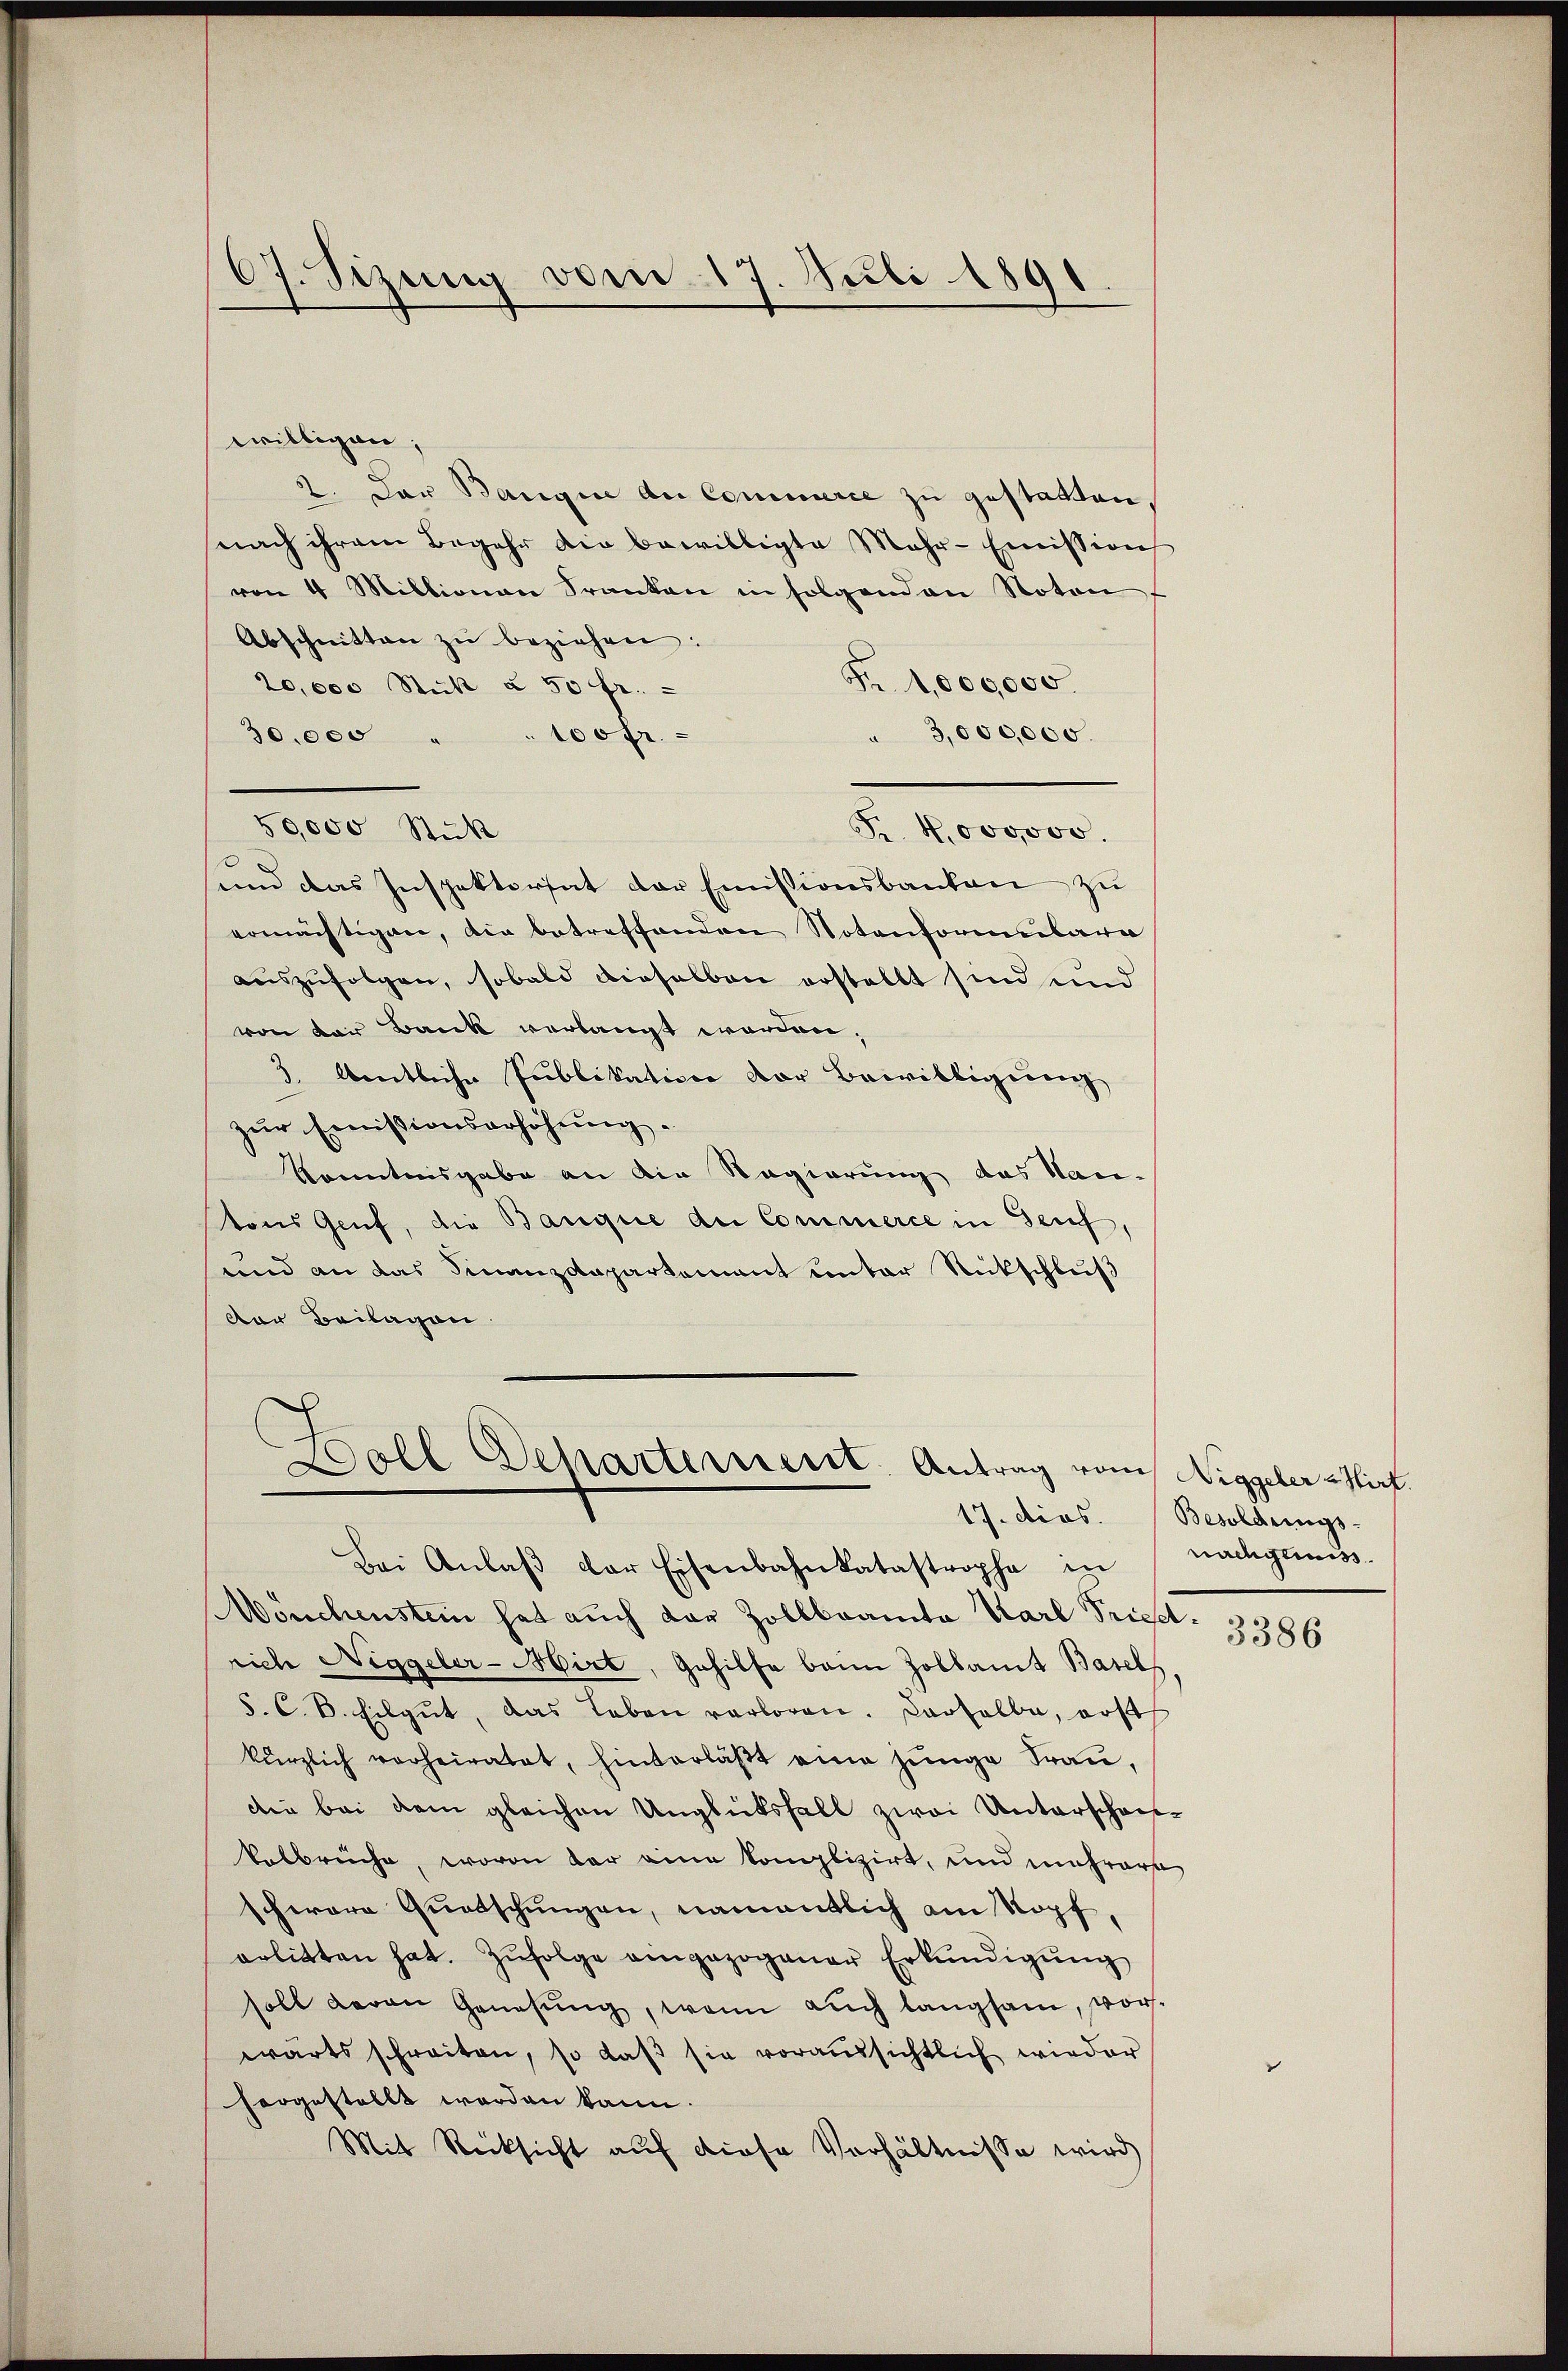
willigen;
2. Der Banque du Commerce zu gestatten,
nach ihrem Begehr die bewilligte Mehr-Emission
von 4 Millionar Franken in folgenden Noten
Abschnitten zŭ beziehen:
Fr. 1,000000.
20,000 Stück à 50 fr.
3,000,000.
30,000
100fr.
Fr. 4000000.
und das Inspekteriat der Emissionsbanken zu
ermächtigen, die betreffenden Notenformulara
auszufolgen, sobald dieselben erstellt sind und
von der Bank verlangt worden,
3. Amtliche Publikation vor Bewilligung
zŭr Emissionserhöhŭng.
Konntnisgabe an die Regierung das Nan-
tons Genf, die Banque der Commerce in Genf,
und an das Finanzdepartement unter Rückschluß
Der Beilagen.

07. Sizung vom 17. Juli 1891

50,000 Stück

Doll Departement. Antrag vom Niggeler - Hirt.
17. dies

Bei Anlaβ der Eisenbahnkatastrophe in
Mönchenstein hat auch dar Zollbrannte Karl Prieetrich Niggeler-Mirt, Gehilfe beim Zollamt Basels.
8. C. B. Eilgut, das Leben verloren. Dasselbe, erst
kürzlich vorheiratet, hinterläβt eine jünge Frau,
die bei dem gleichen Unglücksfall zwei Unterschei-
kelbrüche, wovon der eine komplizirt, und mehrere
schwere Quatschungen, namentlich am Kopf,
orbitten hat. Zufolge eingezogener Erkundigung
soll devan Genesŭng, wenn aŭch langsam, vor-
wärts schreiten, so daβ sie voraussichtlich wieder
hergestellt werden kann.
Mit Rücksicht auf diese Verhältnisse wird

Besoldungs-
nachgewiss

3386